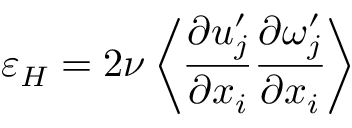
\varepsilon _ { H } = 2 \nu \left\langle { \frac { \partial u _ { j } ^ { \prime } } { \partial x _ { i } } \frac { \partial \omega _ { j } ^ { \prime } } { \partial x _ { i } } } \right\rangle